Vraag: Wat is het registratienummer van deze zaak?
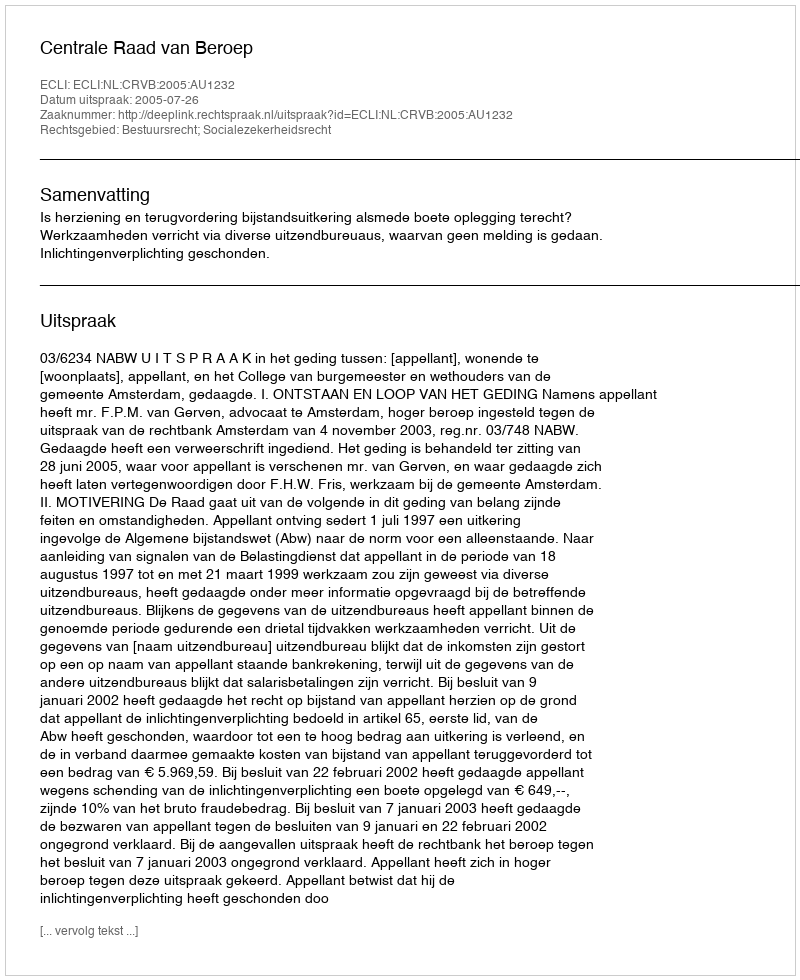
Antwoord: http://deeplink.rechtspraak.nl/uitspraak?id=ECLI:NL:CRVB:2005:AU1232